Insane asylums in Bengal annual reports 1876-1887 - 1876-1887
Year: 1876
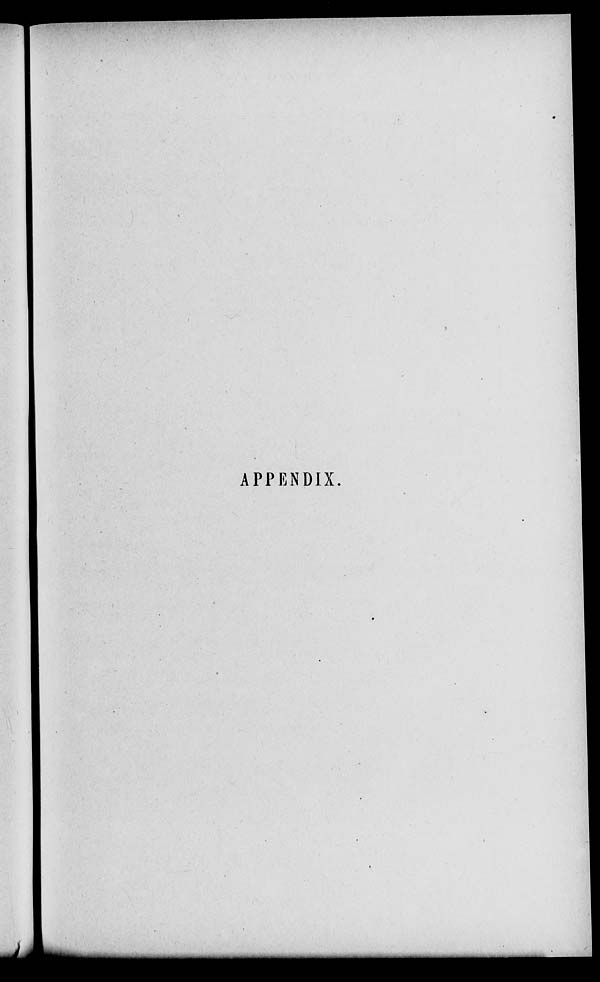
APPENDIX.